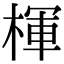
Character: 楎